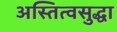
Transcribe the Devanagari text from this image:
अस्तित्वसुद्धा